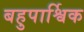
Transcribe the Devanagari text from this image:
बहुपार्श्विक